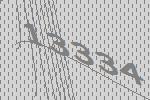
13334